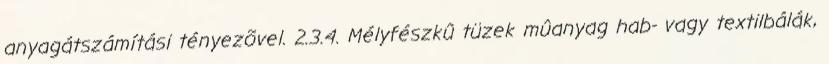
anyagátszámítási tényezõvel. 2.3.4. Mélyfészkû tüzek mûanyag hab- vagy textilbálák,